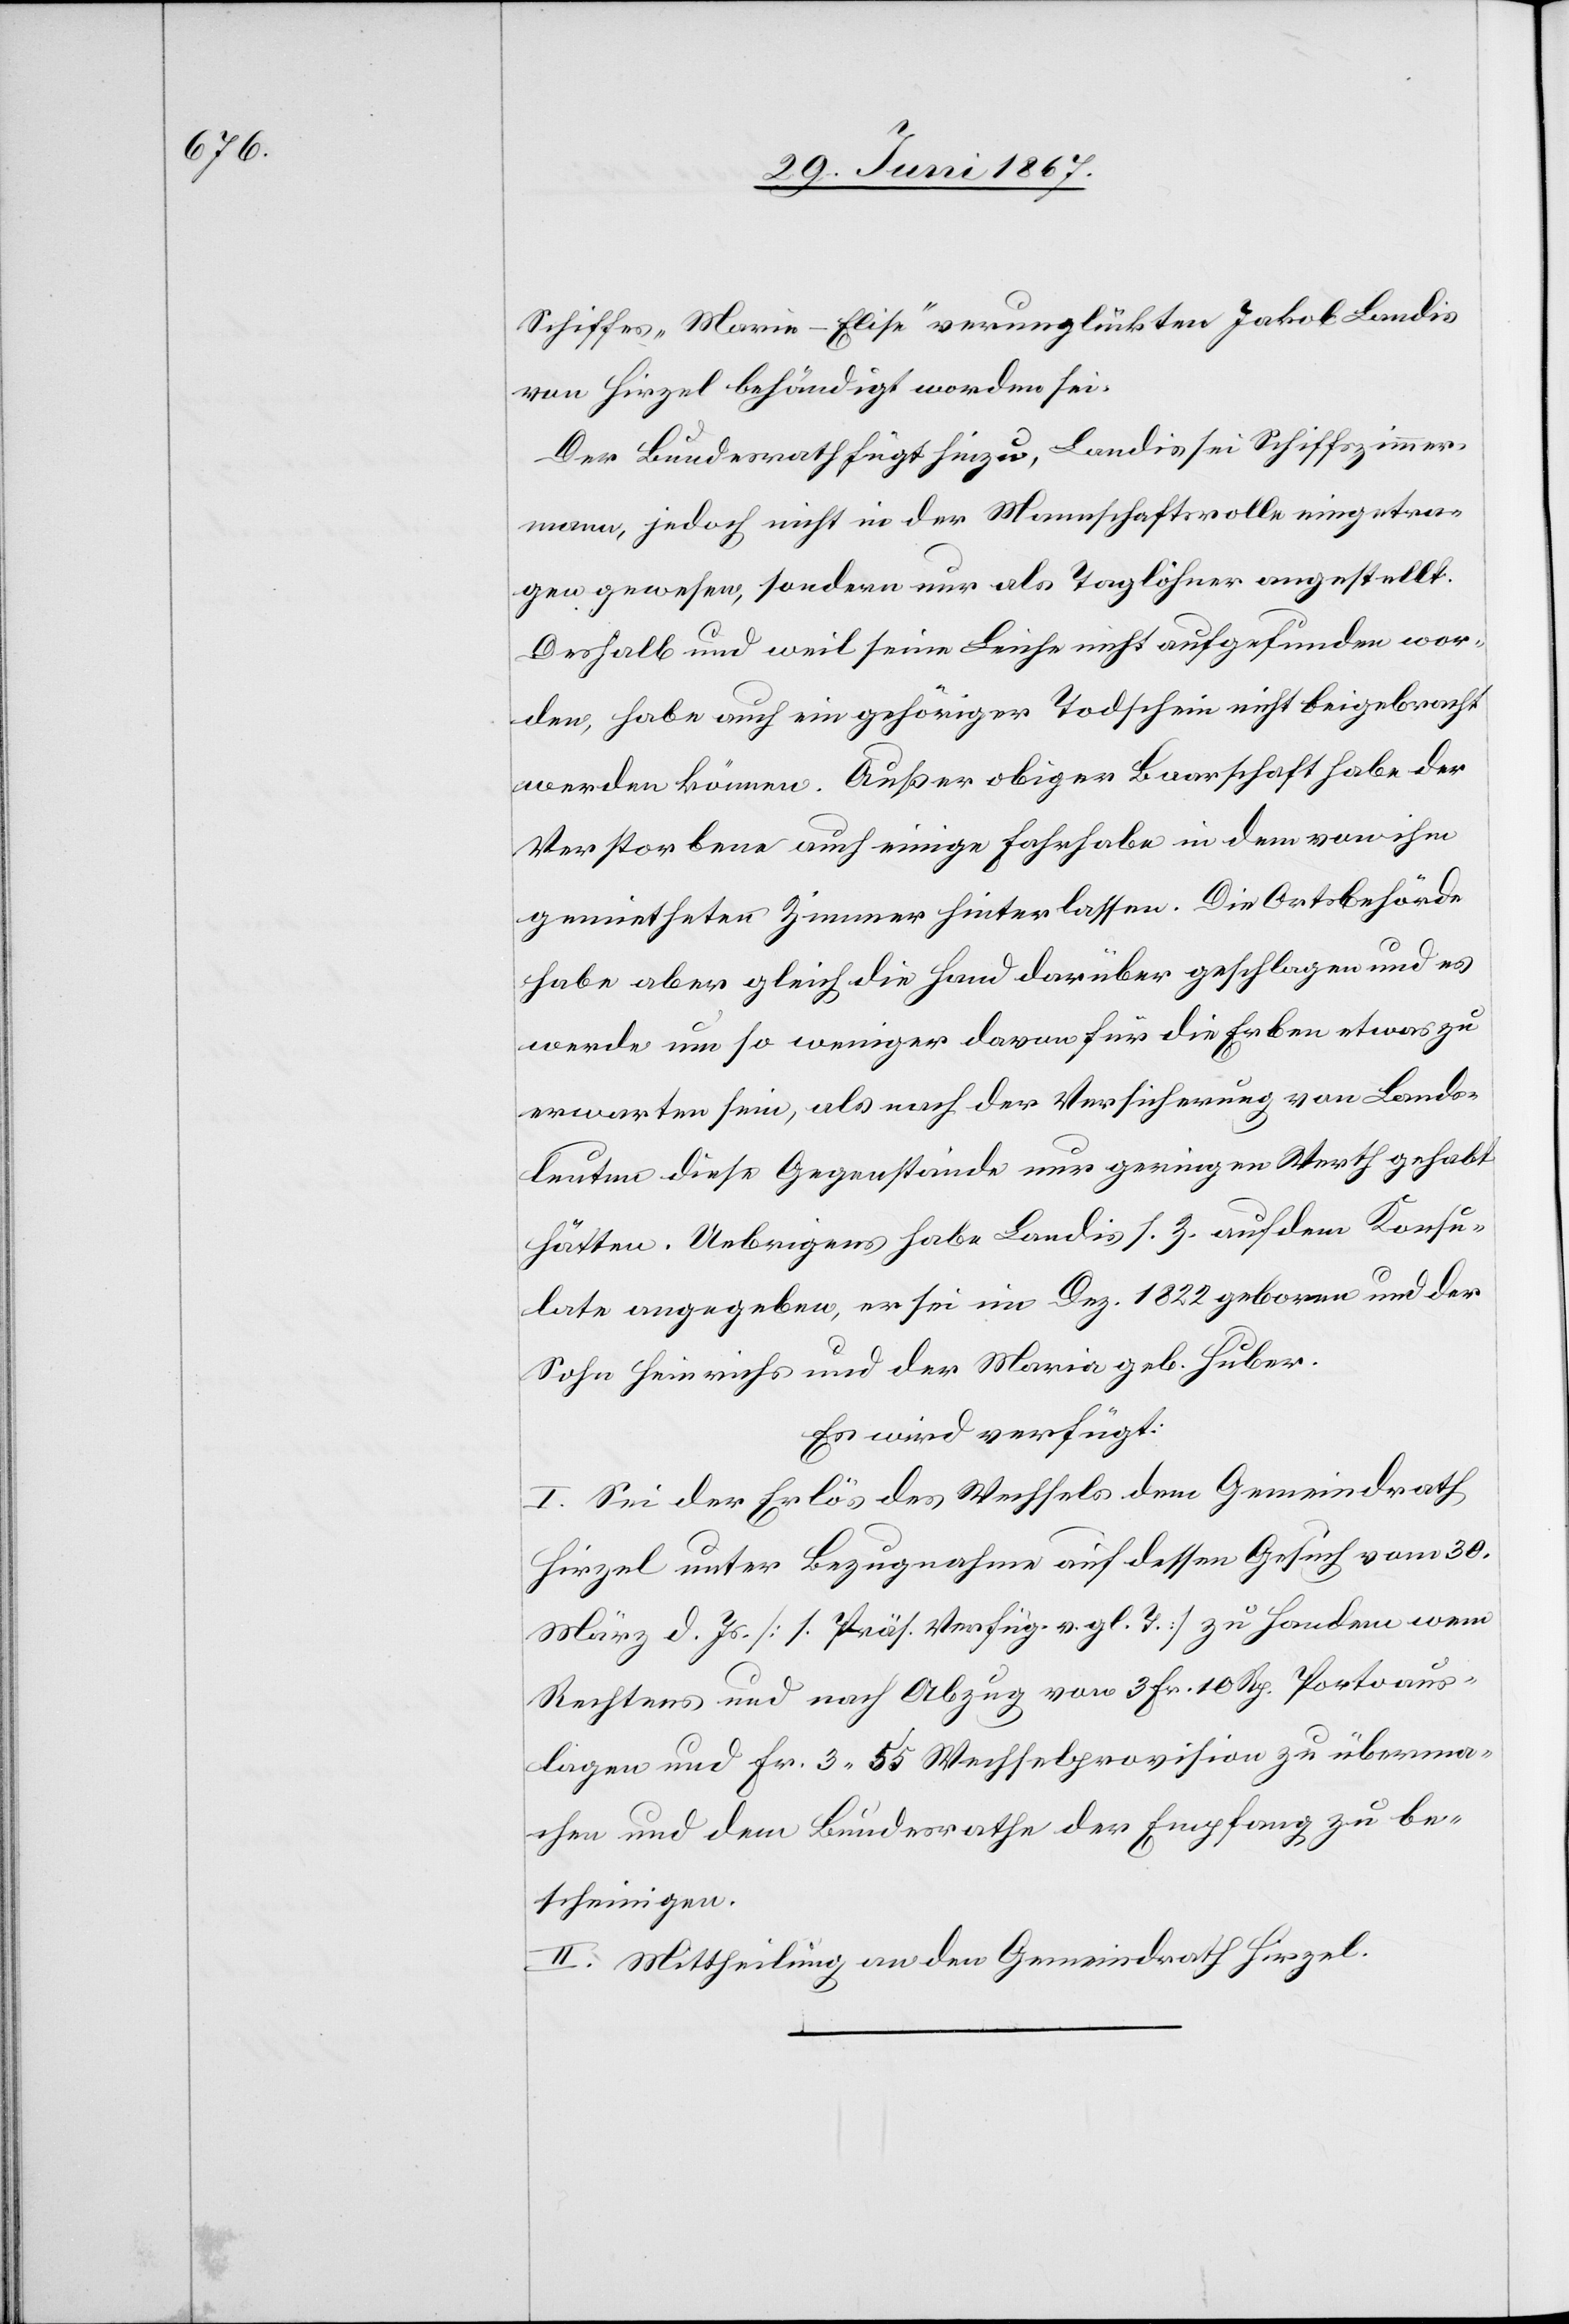
Schiffes „Maria-Elise“ verunglückten Jakob Landis
von Hirzel behändigt worden sei.
Der Bundesrath fügt hinzu, Landis sei Schiffszimmer¬
mann, jedoch nicht in der Mannschaftsrolle eingetra¬
gen gewesen, sondern nur als Taglöhner angestellt.
Deshalb und weil seine Leiche nicht aufgefunden wor¬
den, habe auch ein gehöriger Todschein nicht beigebracht
werden können. Außer obiger Baarschaft habe der
Verstorbene auch einige Fahrhabe in dem von ihm
gemietheten Zimmer hinterlassen. Die Ortsbehörde
habe aber gleich die Hand darüber geschlagen und es
werde um so weniger davon für die Erben etwas zu
erwarten sein, als nach der Versicherung von Lands¬
leuten diese Gegenstände nur geringen Werth gehabt
hätten. Uebrigens habe Landis s. Z. auf dem Konsu¬
late angegeben, er sei im Dez. 1822 geboren und der
Sohn Heinrichs und der Maria geb. Huber.
Es wird verfügt:
I. Sei der Erlös des Wechsels dem Gemeindrath
Hirzel unter Bezugnahme auf dessen Gesuch vom 30.
März d. Js. [s. Präs. Verfügung v. gl. T.] zu Handen wem
Rechtens und nach Abzug von 3 Fr. 10 Rp. Portoaus¬
lagen und Fr. 3.55 Wechselprovision zu überma¬
chen und dem Bundesrathe der Empfang zu be¬
scheinigen.
II. Mittheilung an den Gemeindrath Hirzel.